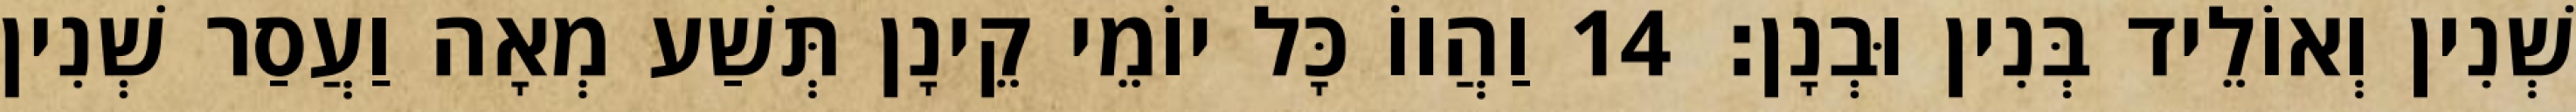
שְׁנִין וְאוֹלֵיד בְּנִין וּבְנָן׃ 14 וַהֲווֹ כָּל יוֹמֵי קֵינָן תְּשַׁע מְאָה וַעֲסַר שְׁנִין